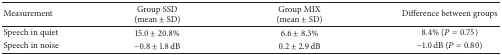
<table><thead><tr><td><b>Measurement</b></td><td><b>Group SSD (mean ± SD)</b></td><td><b>Group MIX (mean ± SD)</b></td><td><b>Difference between groups</b></td></tr></thead><tbody><tr><td>Speech in quiet</td><td>15.0 ± 20.8%</td><td>6.6 ± 8.3%</td><td>8.4% (<i>P</i> = 0.75)</td></tr><tr><td>Speech in noise</td><td>−0.8 ± 1.8 dB</td><td>0.2 ± 2.9 dB</td><td>−1.0 dB (<i>P</i> = 0.80)</td></tr></tbody></table>